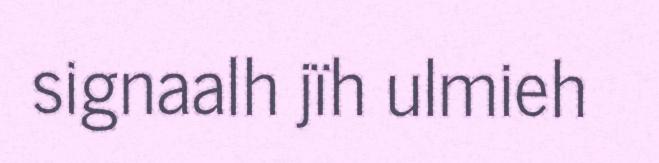
signaalh jïh ulmieh